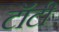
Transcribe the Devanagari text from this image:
टॉटी